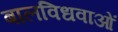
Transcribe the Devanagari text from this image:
बालविधवाओं